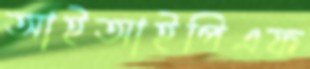
আইআইপিএফ